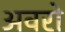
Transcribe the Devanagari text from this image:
अवरो